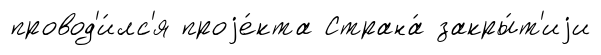
провод'и́лс'я проjе́кта Страна́ закры́т'иjи